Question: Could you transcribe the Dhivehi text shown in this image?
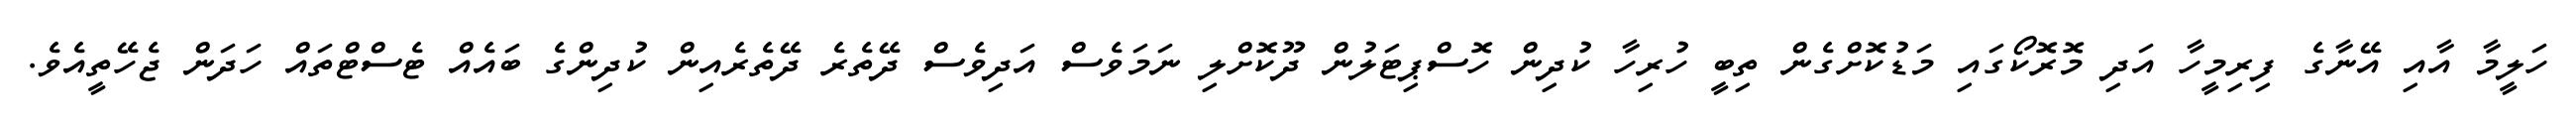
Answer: ހަލީމާ އާއި އޭނާގެ ފިރިމީހާ އަދި މޮރޮކޯގައި މަޑުކޮށްގެން ތިބީ ހުރިހާ ކުދިން ހޮސްޕިޓަލުން ދޫކޮށްލި ނަމަވެސް އަދިވެސް ދޭތެރެ ދޭތެރެއިން ކުދިންގެ ބައެއް ޓެސްޓްތައް ހަދަން ޖެހޭތީއެވެ.